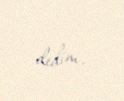
dedim.